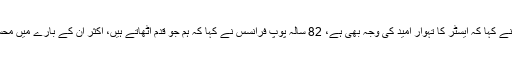
اس موقع پر اپنے خطاب میں کلیسائے روم کے سربراہ نے کہا کہ ایسٹر کا تہوار امید کی وجہ بھی ہے، 82 سالہ پوپ فرانسس نے کہا کہ ہم جو قدم اٹھاتے ہیں، اکثر ان کے بارے میں محسوس ہوتا ہے کہ وہ کبھی بھی کافی ثابت نہیں ہوں گے۔